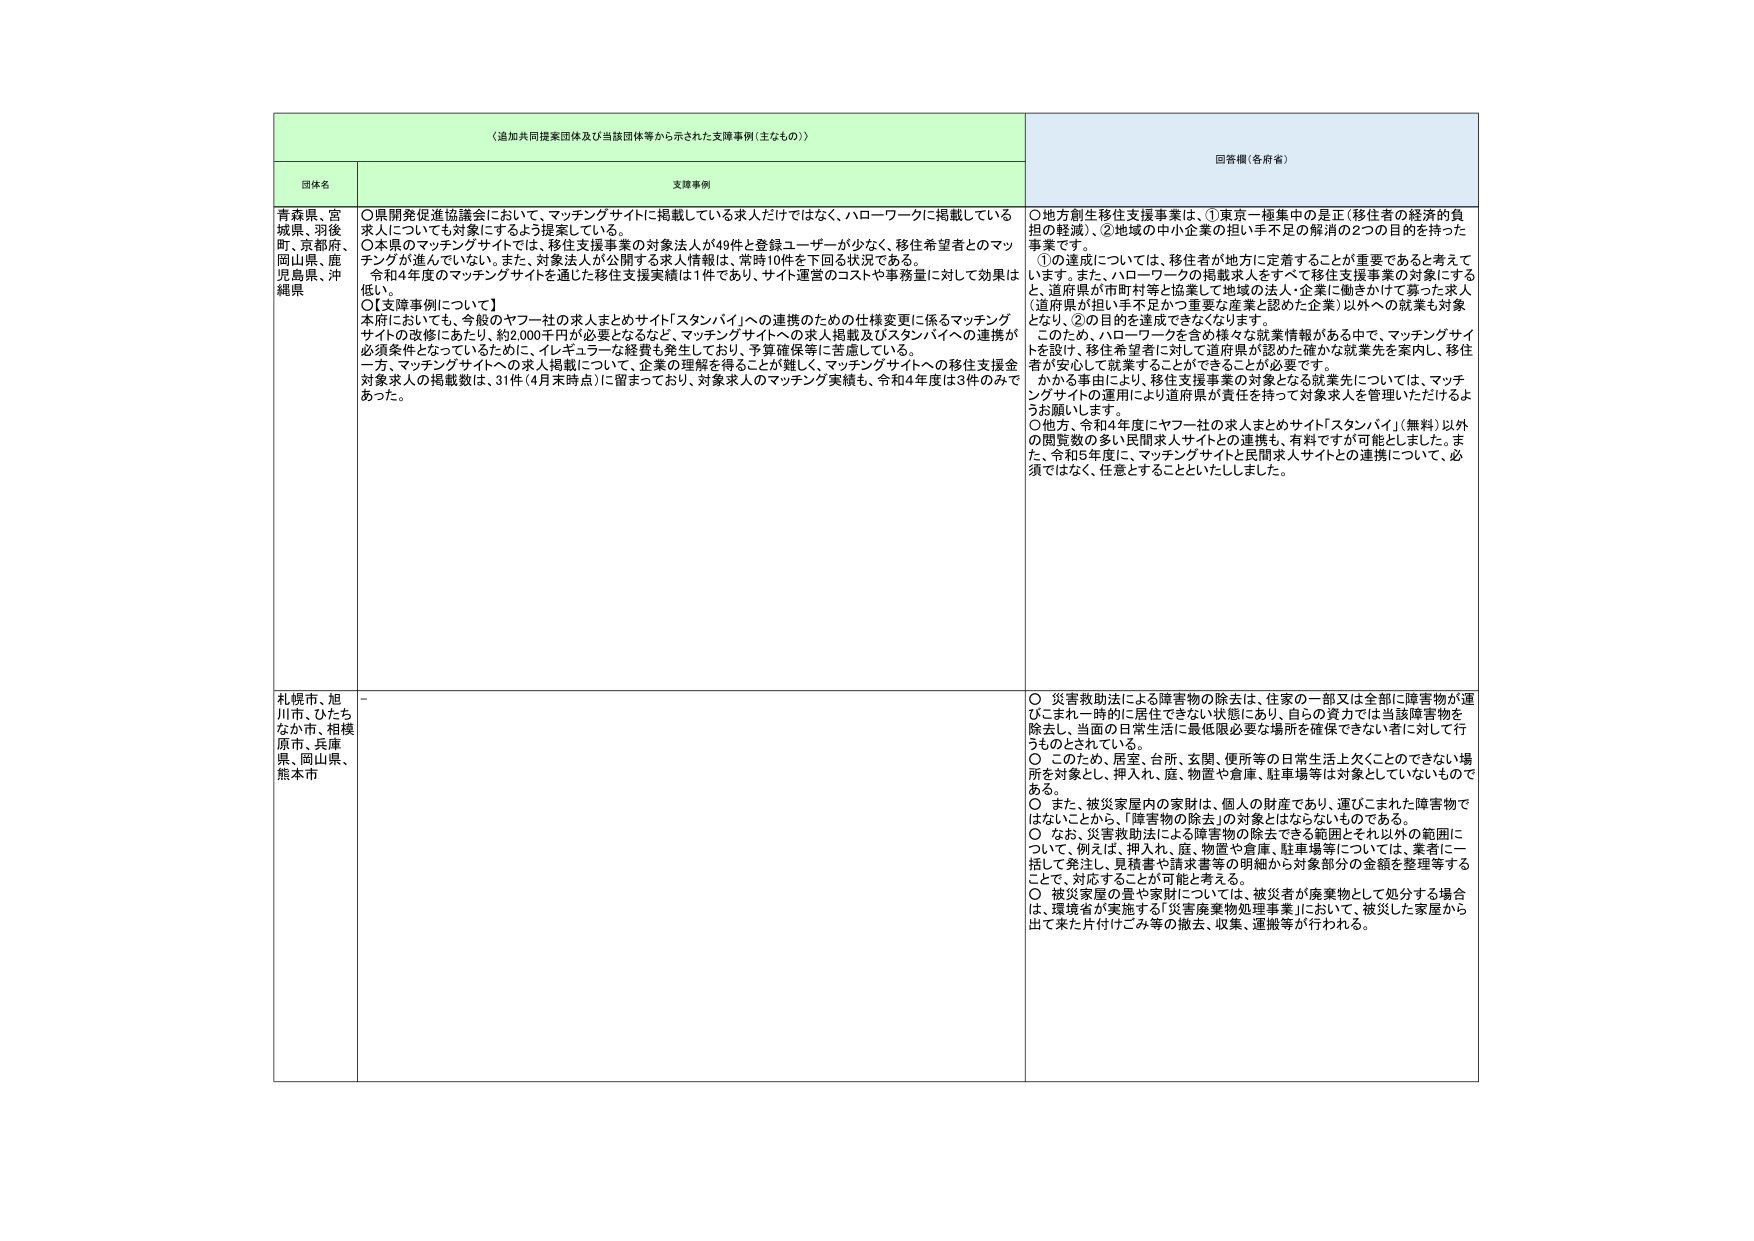
〈追加共同提案団体及び当該団体等から示された支援事例（主なもの）〉

団体名

支援事例

回答欄（各府省）

青森県、宮城県、羽後町、京都府、岡山県、鹿児島県、沖縄県

〇県開発促進協議会において、マッチングサイトに掲載している求人だけではなく、ハローワークに掲載している求人についても対象にするよう提案している。
〇本県のマッチングサイトでは、移住支援事業の対象法人が49件と登録ユーザーが少なく、移住希望者とのマッチングが進んでいない。また、対象法人が公開する求人情報は、常時10件を下回る状況である。
　令和4年度のマッチングサイトを通じた移住支援実績は1件であり、サイト運営のコストや事務量に対して効果は低い。
〇【支援事例について】
　本府においても、今般のヤフー社の求人まとめサイト「スタンバイ」への連携のための仕様変更に係るマッチングサイトの改修にあたり、約2,000千円が必要となるなど、マッチングサイトへの求人掲載及びスタンバイへの連携が必須条件となっているために、イレギュラーな経費も発生しており、予算確保等に苦慮している。
　一方、マッチングサイトへの求人掲載について、企業の理解を得ることが難しく、マッチングサイトへの移住支援金対象求人の掲載数は、31件（4月末時点）に留まっており、対象求人のマッチング実績も、令和4年度は3件のみであった。

〇地方創生移住支援事業は、①東京一極集中の是正（移住者の経済的負担の軽減）、②地域の中小企業の担い手不足の解消の2つの目的を持った事業です。
　①の達成については、移住者が地方に定着することが重要であると考えています。また、ハローワークの掲載求人をすべて移住支援事業の対象にするとき、道府県が市町村等と協業して地域の法人・企業に働きかけて募った求人（道府県が担い手不足かつ重要な産業と認めた企業）以外への就業も対象となり、②の目的を達成できなくなります。
　このため、ハローワークを含む様々な就業情報がある中で、マッチングサイトを設け、移住希望者に対して道府県が認めた確かな就業先を案内し、移住者が安心して就業することができることが必要です。
　かかる事由により、移住支援事業の対象となる就業先については、マッチングサイトの運用により道府県が責任を持って対象求人を管理いただけるようお願いします。
〇他方、令和4年度にヤフー社の求人まとめサイト「スタンバイ」（無料）以外の閲覧数の多い民間求人サイトとの連携も、有料ですが可能としました。また、令和5年度に、マッチングサイトと民間求人サイトとの連携について、必須ではなく、任意とすることといたしました。

札幌市、旭川市、ひたちなか市、相模原市、兵庫県、岡山県、熊本市

－

〇 災害救助法による障害物の除去は、住家の一部又は全部に障害物が運びこまれ一時的に居住できない状態にあり、自らの資力では当該障害物を除去し、当面の日常生活に最低限必要な場所を確保できない者に対して行うものとされている。
〇 このため、居室、台所、玄関、便所等の日常生活上欠くことのできない場所を対象とし、押入れ、庭、物置や倉庫、駐車場等は対象としていないものである。
〇 また、被災家屋内の家財は、個人の財産であり、運びこまれた障害物ではないことから、「障害物の除去」の対象とはならないものである。
〇 なお、災害救助法による障害物の除去できる範囲とそれ以外の範囲について、例えば、押入れ、庭、物置や倉庫、駐車場等については、業者に一括して発注し、見積書や請求書等の明細から対象部分の金額を整理等することで、対応することが可能と考える。
〇 被災家屋の畳や家財については、被災者が廃棄物として処分する場合は、環境省が実施する「災害廃棄物処理事業」において、被災した家屋から出て来た片付けごみ等の撤去、収集、運搬等が行われる。